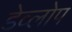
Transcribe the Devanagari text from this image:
डेव्लोप